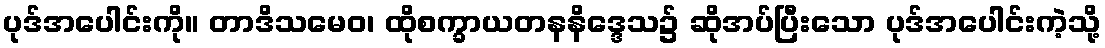
ပုဒ်အပေါင်းကို။ တာဒိသမေဝ၊ ထိုစက္ခာယတနနိဒ္ဒေသ၌ ဆိုအပ်ပြီးသော ပုဒ်အပေါင်းကဲ့သို့